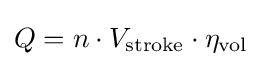
Q=n\cdot V_{\text{stroke}}\cdot \eta _{\text{vol}}